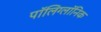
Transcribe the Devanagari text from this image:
पॉलिग्लॉनिक